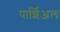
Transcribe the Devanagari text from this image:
पार्शिअल